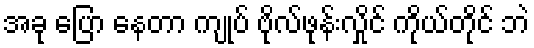
အခု ပြော နေတာ ကျုပ် ဗိုလ်ဖုန်းလှိုင် ကိုယ်တိုင် ဘဲ